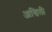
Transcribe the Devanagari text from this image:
आखिली